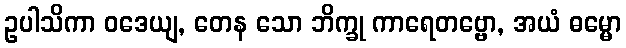
ဥပါသိကာ ဝဒေယျ, တေန သော ဘိက္ခု ကာရေတဗ္ဗော, အယံ ဓမ္မော